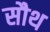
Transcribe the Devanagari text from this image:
सौथ